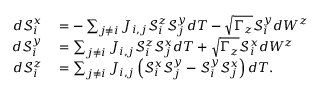
\begin{array} { r l } { d \mathcal { S } _ { i } ^ { x } } & { { } = - \sum _ { j \neq i } J _ { i , j } \mathcal { S } _ { i } ^ { z } \mathcal { S } _ { j } ^ { y } d T - \sqrt { \Gamma _ { z } } \mathcal { S } _ { i } ^ { y } d W ^ { z } } \\ { d \mathcal { S } _ { i } ^ { y } } & { { } = \sum _ { j \neq i } J _ { i , j } \mathcal { S } _ { i } ^ { z } \mathcal { S } _ { j } ^ { x } d T + \sqrt { \Gamma _ { z } } \mathcal { S } _ { i } ^ { x } d W ^ { z } } \\ { d \mathcal { S } _ { i } ^ { z } } & { { } = \sum _ { j \neq i } J _ { i , j } \left( \mathcal { S } _ { i } ^ { x } \mathcal { S } _ { j } ^ { y } - \mathcal { S } _ { i } ^ { y } \mathcal { S } _ { j } ^ { x } \right) d T . } \end{array}